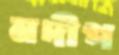
নদীপ